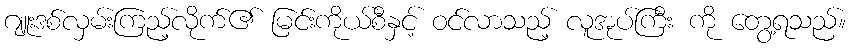
ဂျူးဒစ်လှမ်းကြည့်လိုက်၏ မြင်းကိုယ်စီနှင့် ဝင်လာသည့် လူအုပ်ကြီး ကို တွေ့ရသည်။